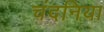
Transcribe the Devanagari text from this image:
चंदनिया